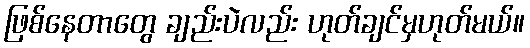
ဖြစ်နေတာတွေ ချည်းပဲလည်း ဟုတ်ချင်မှဟုတ်မယ်။